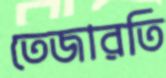
তেজারতি